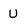
Character: U